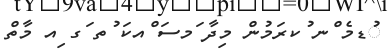
ުޑމެ ްނ ުކރަމުން މިދާ ަމސަ ްއކަ ުތ ަގ ިއ މާތް